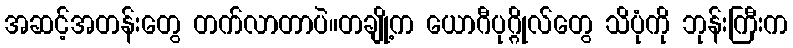
အဆင့်အတန်းတွေ တက်လာတာပဲ။တချို့က ယောဂီပုဂ္ဂိုလ်တွေ သိပုံကို ဘုန်းကြီးက